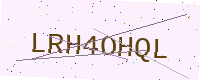
Text: LRH4OHQL